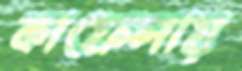
কাফেলায়